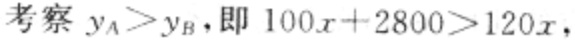
考察 \(y_{A}>y_{B}\)，即 \(100x + 2800>120x\)，